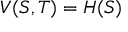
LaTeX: V ( S , T ) = H ( S )